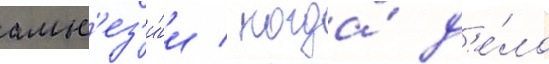
амн'ез'и́и / когда́ д'е́ло